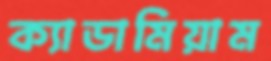
ক্যাডামিয়াম